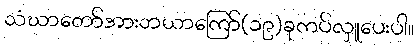
သံဃာတော်အားဘယာကြော်(၁၉)ခုကပ်လှူပေးပါ။